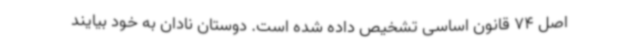
اصل 74 قانون اساسی تشخیص داده شده است. دوستان نادان به خود بیایند